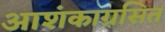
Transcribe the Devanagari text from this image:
आशंकाग्रसित